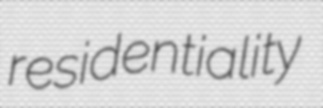
residentiality